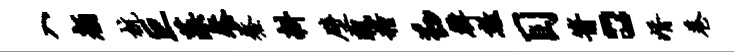
入颜杭巨藻餐鳌耕壁瑰粮勤韩数目箭。婿巷